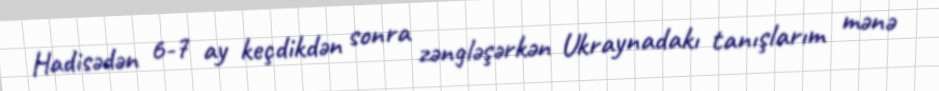
Hadisədən 6-7 ay keçdikdən sonra zəngləşərkən Ukraynadakı tanışlarım mənə